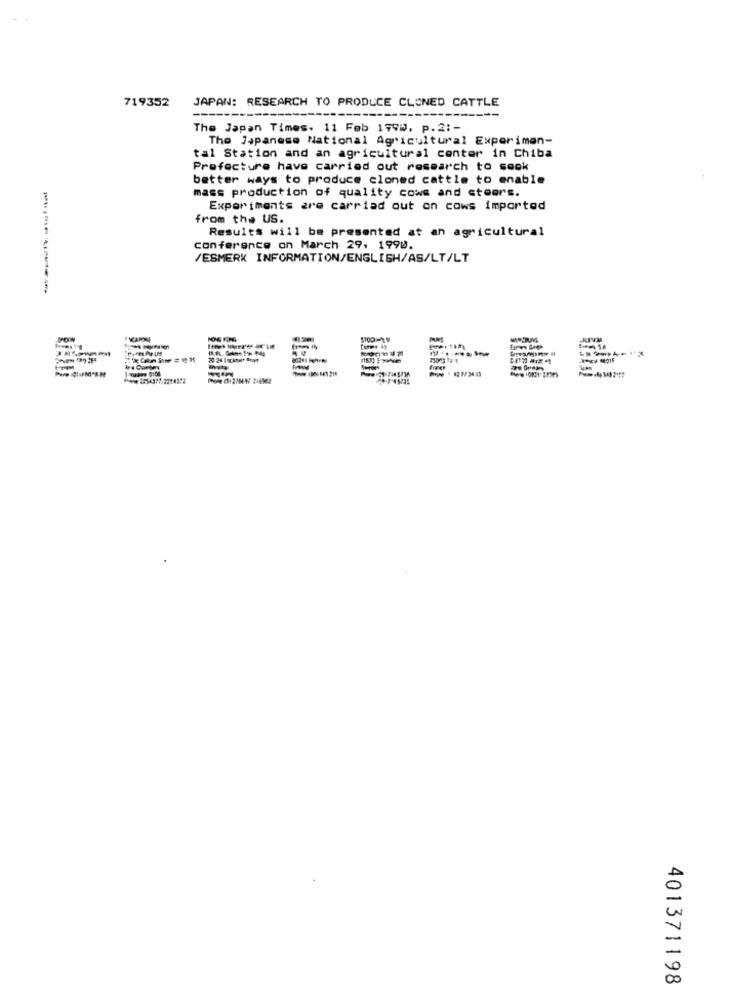
JAPAN: RESEARCH TO PRODUCE CLONED CATTLE
719352
-----
------
--------
The Japan Times. 11 Feb 1995, p.2 :-
The Japanese National Agricultural Experimen-
tal Station and an agricultural center in Chiba
Profacture have carried out research to seok
better ways to produce cloned cattle to enable
mass production of quality cows and stoors.
Experiments are carried out on cows imported
from the US.
Results will be presented at an agricultural
conference on March 29. 1990.
/ESMERK INFORMATION/ENGLISH/AS/LT/LT
RIVM
Pe CIIFMISH
401371198